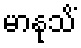
မာနုသိံ